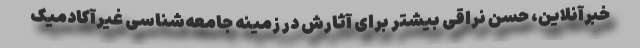
خبرآنلاین، حسن نراقی بیشتر برای آثارش در زمینه جامعه‌شناسی غیرآکادمیک